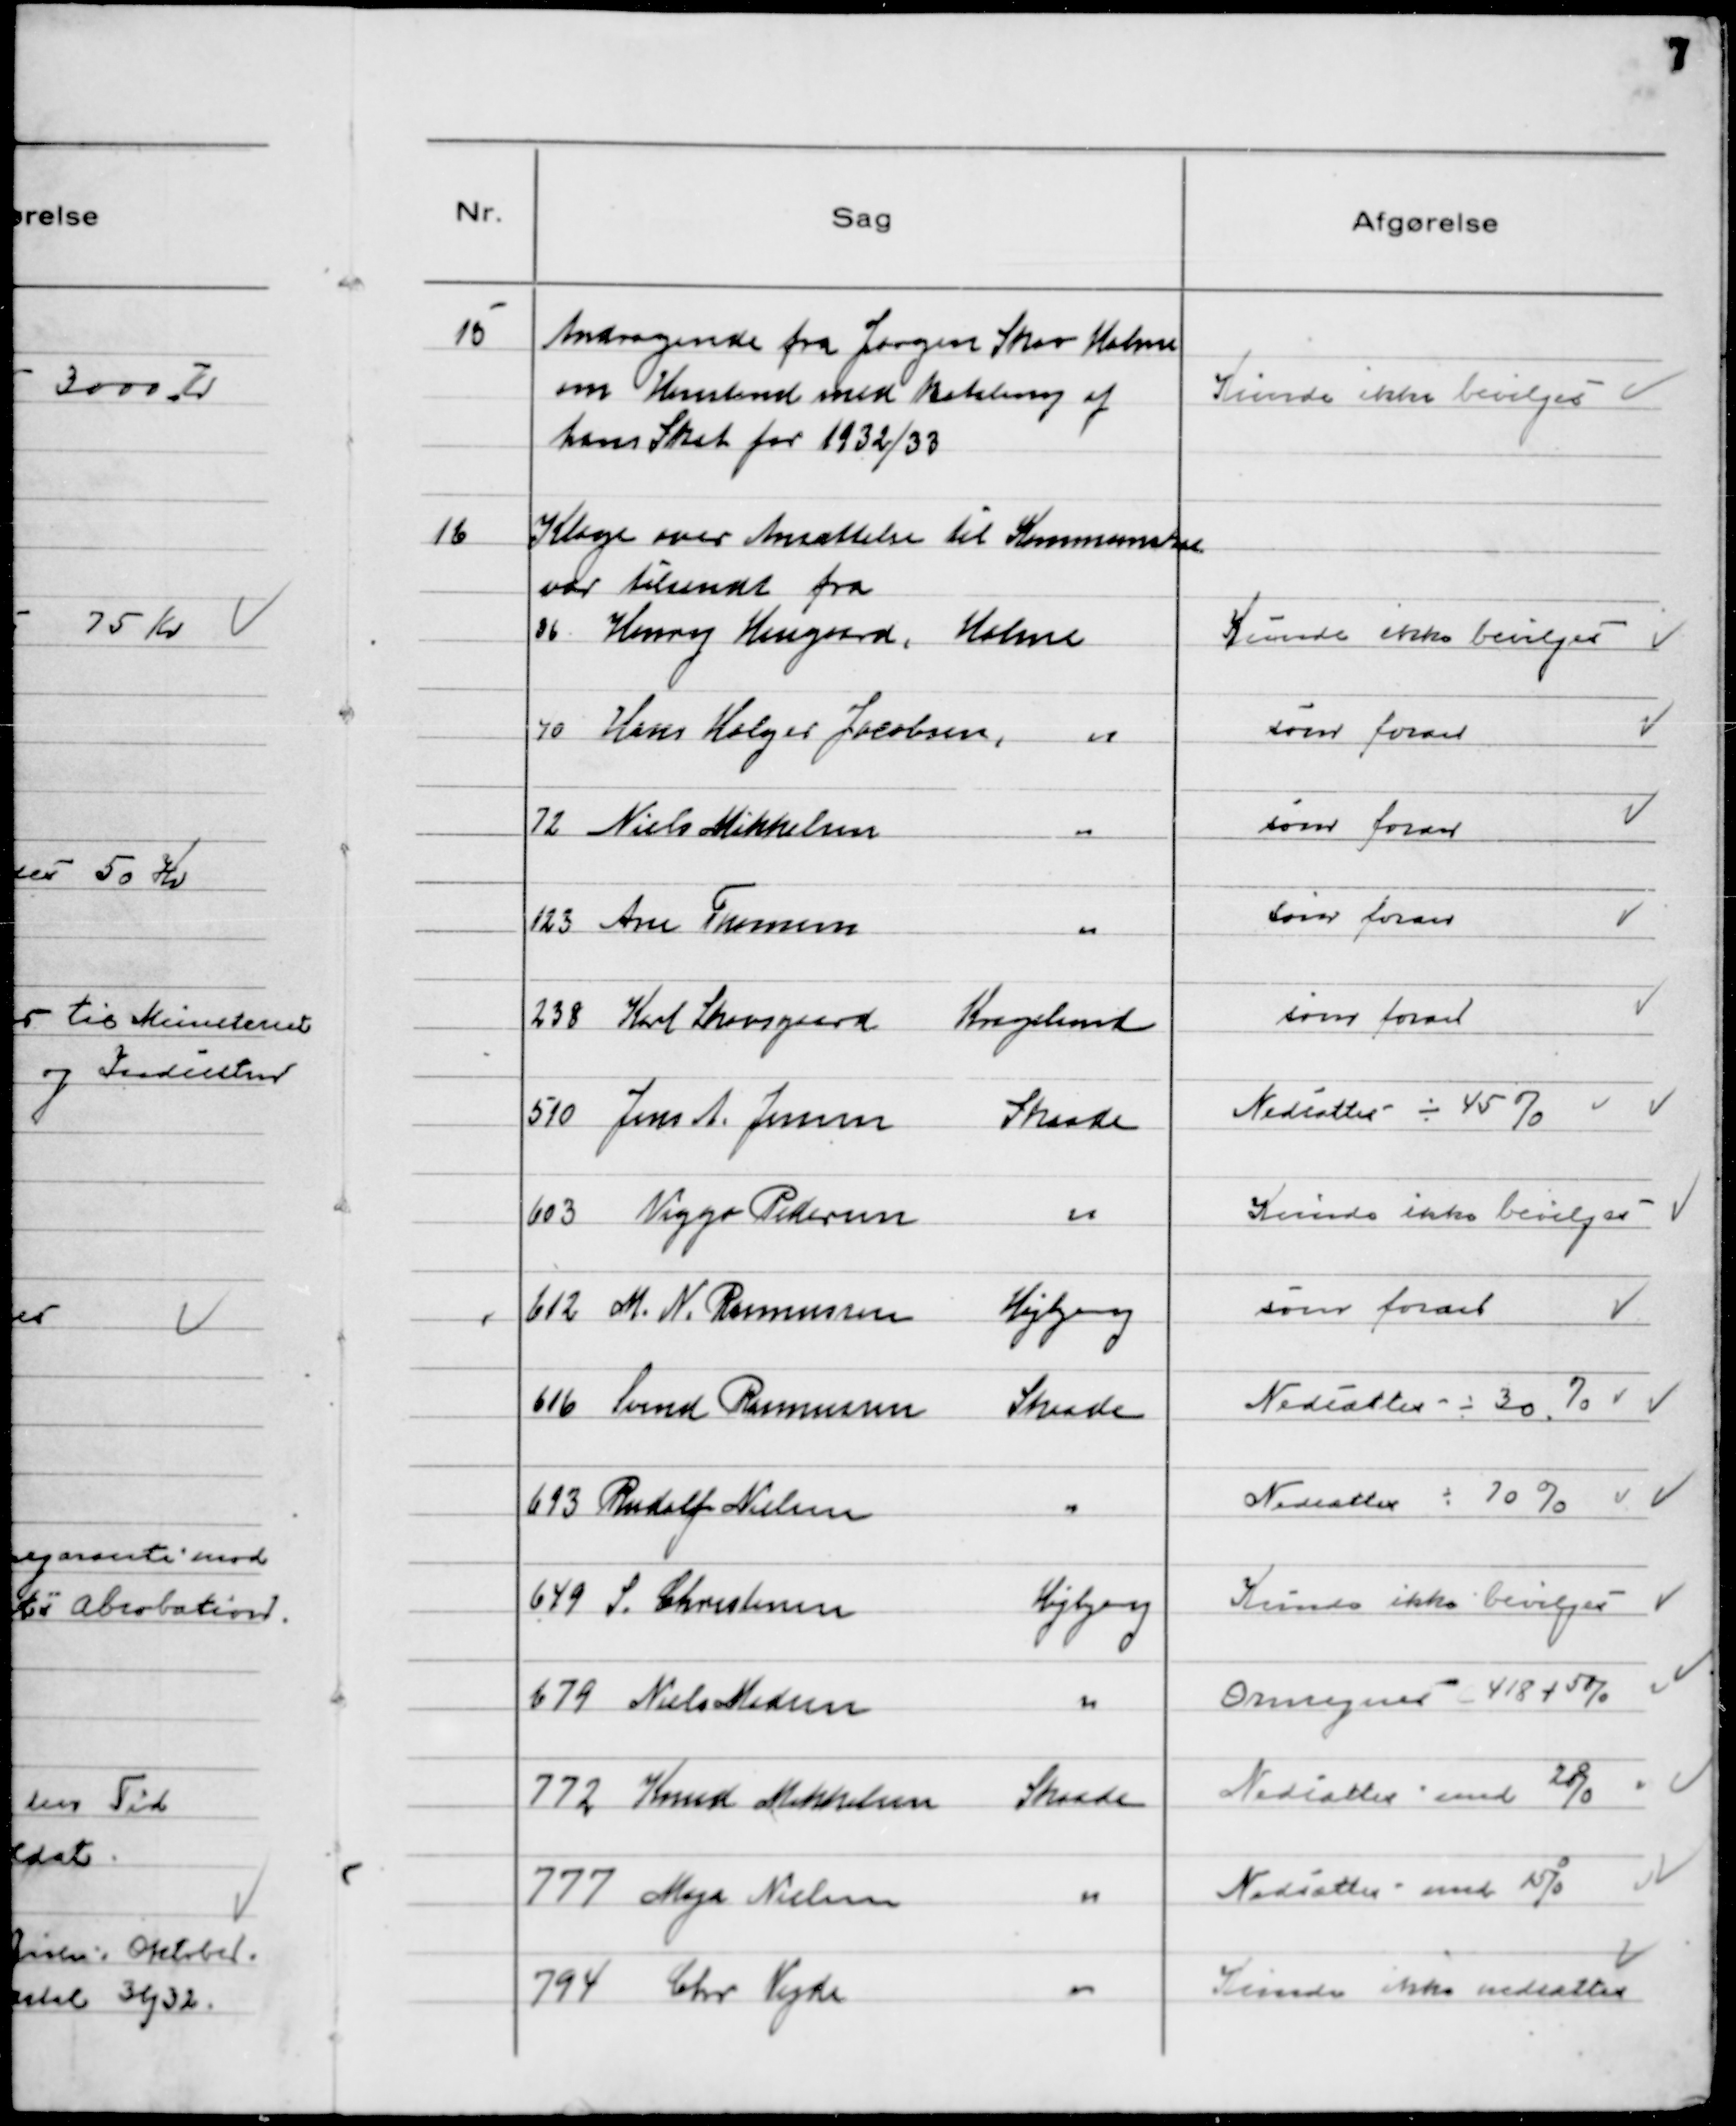
Transskription:
15
Andragende fra Jørgen Skov Holme
om Henstand med Betaling af
hans Skat for 1932/33

Kunde ikke Bevilges

16.
Klage over Ansættelse til Kommuneskat
var tilsendt fra
36 Henry Haugaard, Holme

Kunde ikke bevilges

70 Hans Holger Jacobsen, 〃

som foran

72 Niels Mikkelsen 〃

som foran

123 Ane Thomsen 〃

som foran

238 Karl Skovsgaard
Kragelund

som foran

510 Jens A. Jensen Skaade

Nedsattes ÷ 45%

603 Viggo Pedersen Skaade

Kunde ikke bevilges

612 M. N. Rasmussen Højbjerg

som foran

616 Svend Rasmussen Skaade

Nedsattes ÷ 30 %

613 Rudolf Nielsen 〃

Nedsattes ÷ 70 %

649 S. Christensen Højbjerg

Kunde ikke bevilges

679 Niels Madsen "

Omregnes 418 + 5%

772 Knud Mikkelsen Skaade

Nedsattes med 20 %

777 Maja Nielsen 〃

Nedsattes med 15 %

794 Chr Vejde "

Kunde ikke nedsættes